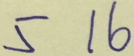
5 1 6